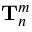
\mathbf { T } _ { n } ^ { m }